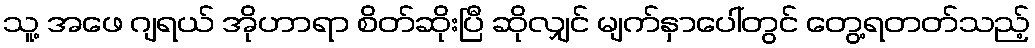
သူ့ အဖေ ဂျရယ် အိုဟာရာ စိတ်ဆိုးပြီ ဆိုလျှင် မျက်နှာပေါ်တွင် တွေ့ရတတ်သည့်